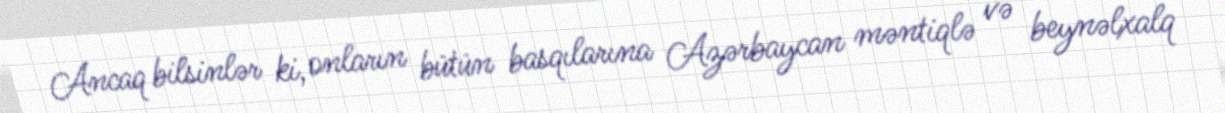
Ancaq bilsinlər ki, onların bütün basqılarına Azərbaycan məntiqlə və beynəlxalq